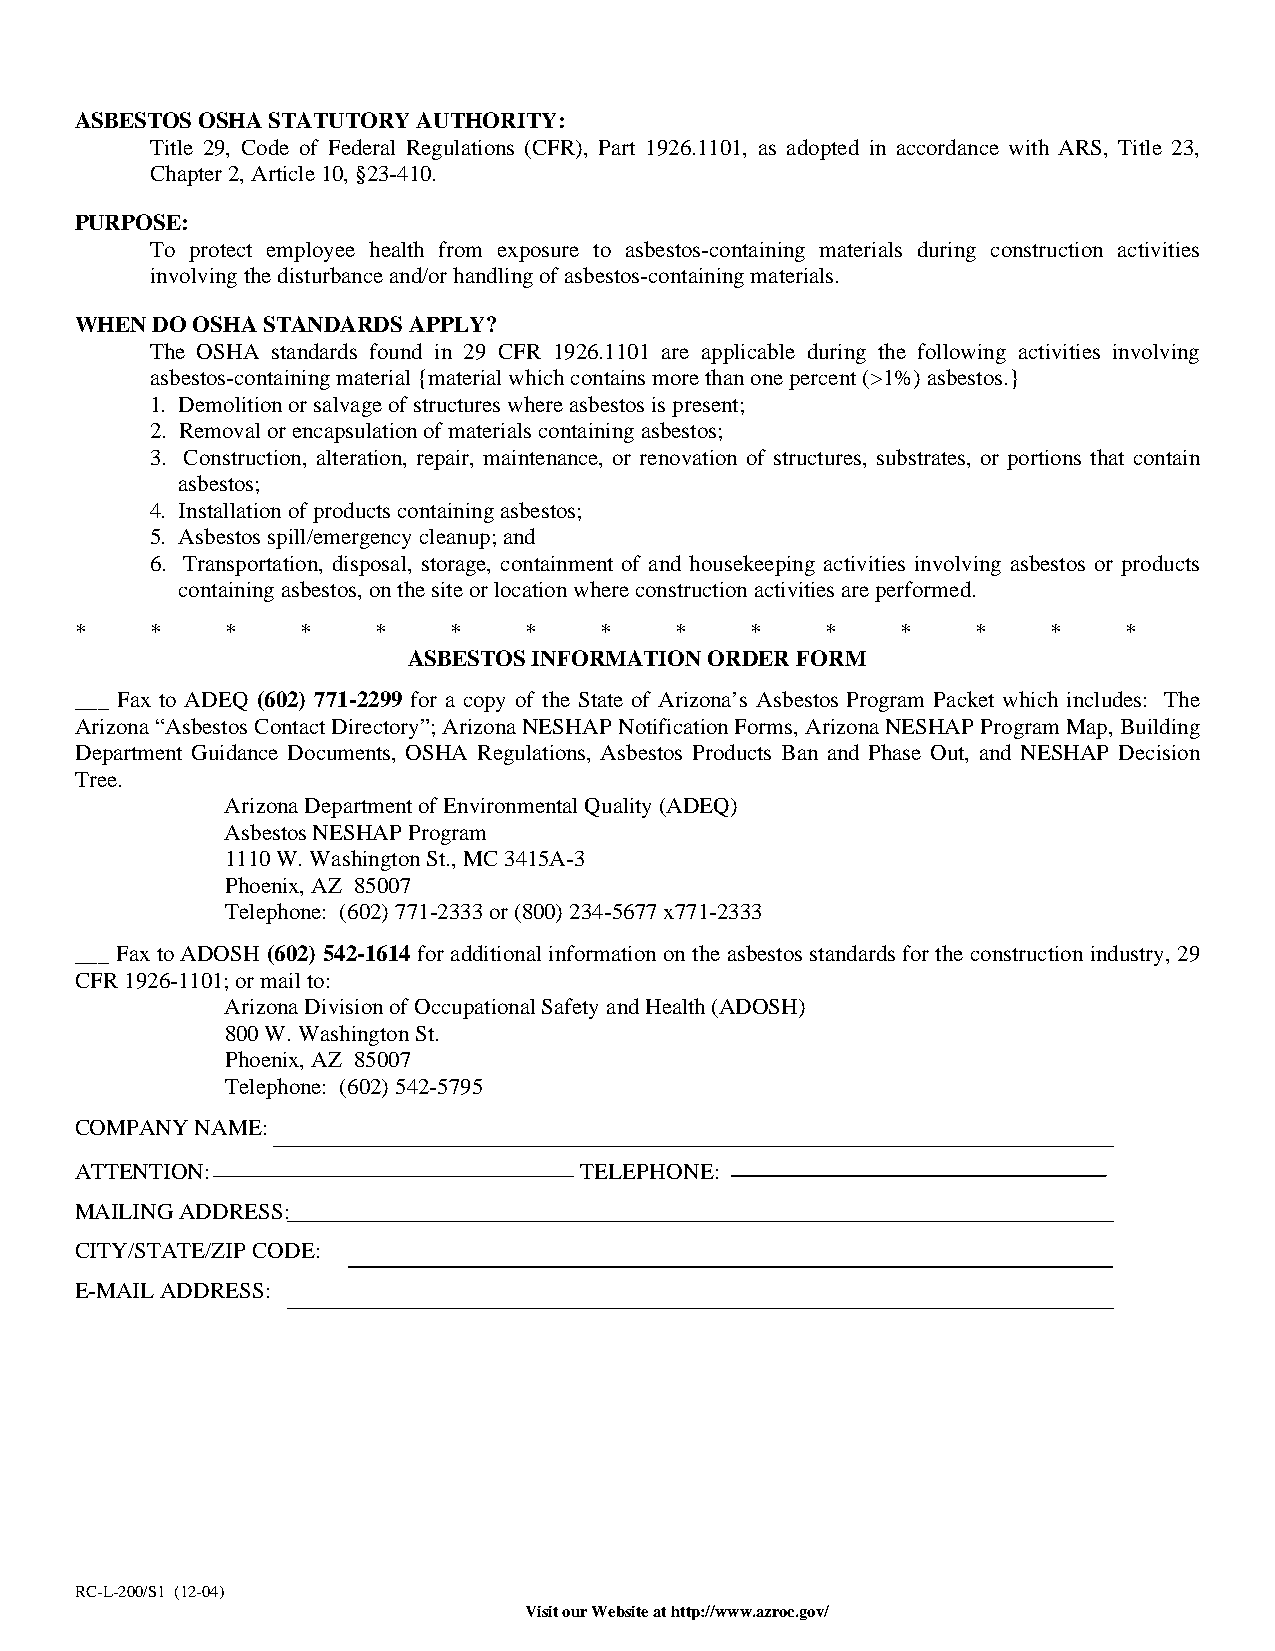
ASBESTOS OSHA STATUTORY AUTHORITY:
 Title 29, Code of Federal Regulations (CFR), Part 1926.1101, as adopted in accordance with ARS, Title 23,
 Chapter 2, Article 10, §23-410.
 PURPOSE:
 To protect employee health from exposure to asbestos-containing materials during construction activities
 involving the disturbance and/or handling of asbestos-containing materials.
 WHEN DO OSHA STANDARDS APPLY?
 The OSHA standards found in 29 CFR 1926.1101 are applicable during the following activities involving
 asbestos-containing material {material which contains more than one percent (>1%) asbestos.}
 1. Demolition or salvage of structures where asbestos is present;
 2. Removal or encapsulation of materials containing asbestos;
 3. Construction, alteration, repair, maintenance, or renovation of structures, substrates, or portions that contain
 asbestos;
 4. Installation of products containing asbestos;
 5. Asbestos spill/emergency cleanup; and
 6. Transportation, disposal, storage, containment of and housekeeping activities involving asbestos or products
 containing asbestos, on the site or location where construction activities are performed.
 *    *    *    *    *    *    *    *    *    *    *    *    *    *   *
 ASBESTOS INFORMATION ORDER FORM
 ___ Fax to ADEQ (602) 771-2299 for a copy of the State of Arizona’s Asbestos Program Packet which includes: The
 Arizona “Asbestos Contact Directory”; Arizona NESHAP Notification Forms, Arizona NESHAP Program Map, Building
 Department Guidance Documents, OSHA Regulations, Asbestos Products Ban and Phase Out, and NESHAP Decision
 Tree.
 Arizona Department of Environmental Quality (ADEQ)
 Asbestos NESHAP Program
 1110 W. Washington St., MC 3415A-3
 Phoenix, AZ 85007
 Telephone: (602) 771-2333 or (800) 234-5677 x771-2333
 ___ Fax to ADOSH (602) 542-1614 for additional information on the asbestos standards for the construction industry, 29
 CFR 1926-1101; or mail to:
 Arizona Division of Occupational Safety and Health (ADOSH)
 800 W. Washington St.
 Phoenix, AZ 85007
 Telephone: (602) 542-5795
 COMPANY NAME:
 ATTENTION:                       TELEPHONE:
 MAILING ADDRESS:
 CITY/STATE/ZIP CODE:
 E-MAIL ADDRESS:
 RC-L-200/S1 (12-04)
 Visit our Website at http://www.azroc.gov/